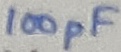
Text: 100pF